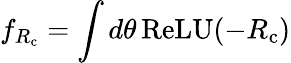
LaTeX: f_{R_{\mathrm{c}}}=\int d\theta\, \mathrm{ReLU}({-R_{\mathrm{c}}})